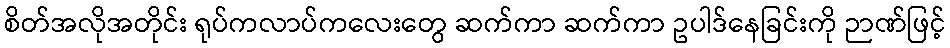
စိတ်အလိုအတိုင်း ရုပ်ကလာပ်ကလေးတွေ ဆက်ကာ ဆက်ကာ ဥပါဒ်နေခြင်းကို ဉာဏ်ဖြင့်